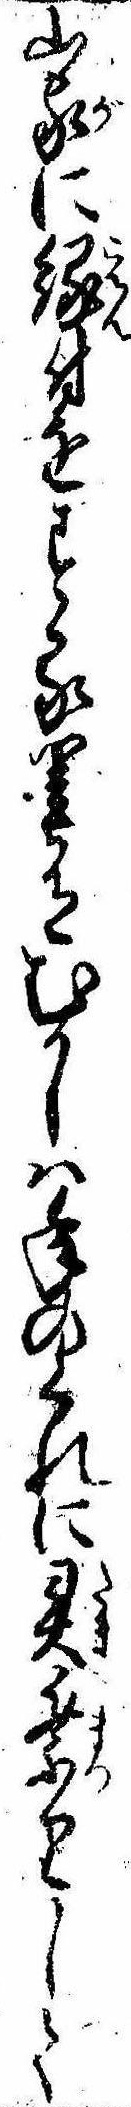
山家に縁付をする里有むかしは年のくれに祭りして